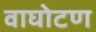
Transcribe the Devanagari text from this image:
वाघोटण